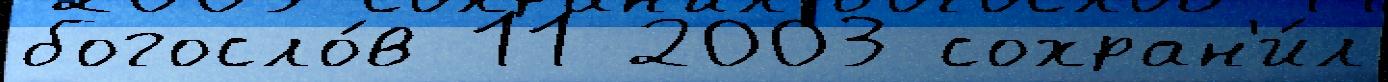
богосло́в 11 2003 сохран'и́л